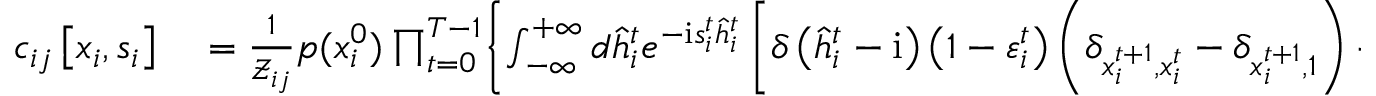
\begin{array} { r l } { c _ { i j } \left[ \boldsymbol { x } _ { i } , \boldsymbol { s } _ { i } \right] } & { { } = \frac { 1 } { \mathcal { Z } _ { i j } } p ( x _ { i } ^ { 0 } ) \prod _ { t = 0 } ^ { T - 1 } \Biggl \{ \int _ { - \infty } ^ { + \infty } d \hat { h } _ { i } ^ { t } e ^ { - \mathrm { i } s _ { i } ^ { t } \hat { h } _ { i } ^ { t } } \left[ \delta \left( \hat { h } _ { i } ^ { t } - \mathrm { i } \right) \left( 1 - \varepsilon _ { i } ^ { t } \right) \left( \delta _ { x _ { i } ^ { t + 1 } , x _ { i } ^ { t } } - \delta _ { x _ { i } ^ { t + 1 } , 1 } \right) + \delta \left( \hat { h } _ { i } ^ { t } \right) \delta _ { x _ { i } ^ { t + 1 } , 1 } \right] } \end{array}